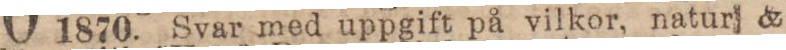
1870. Svar med uppgift på vilkor, natur &